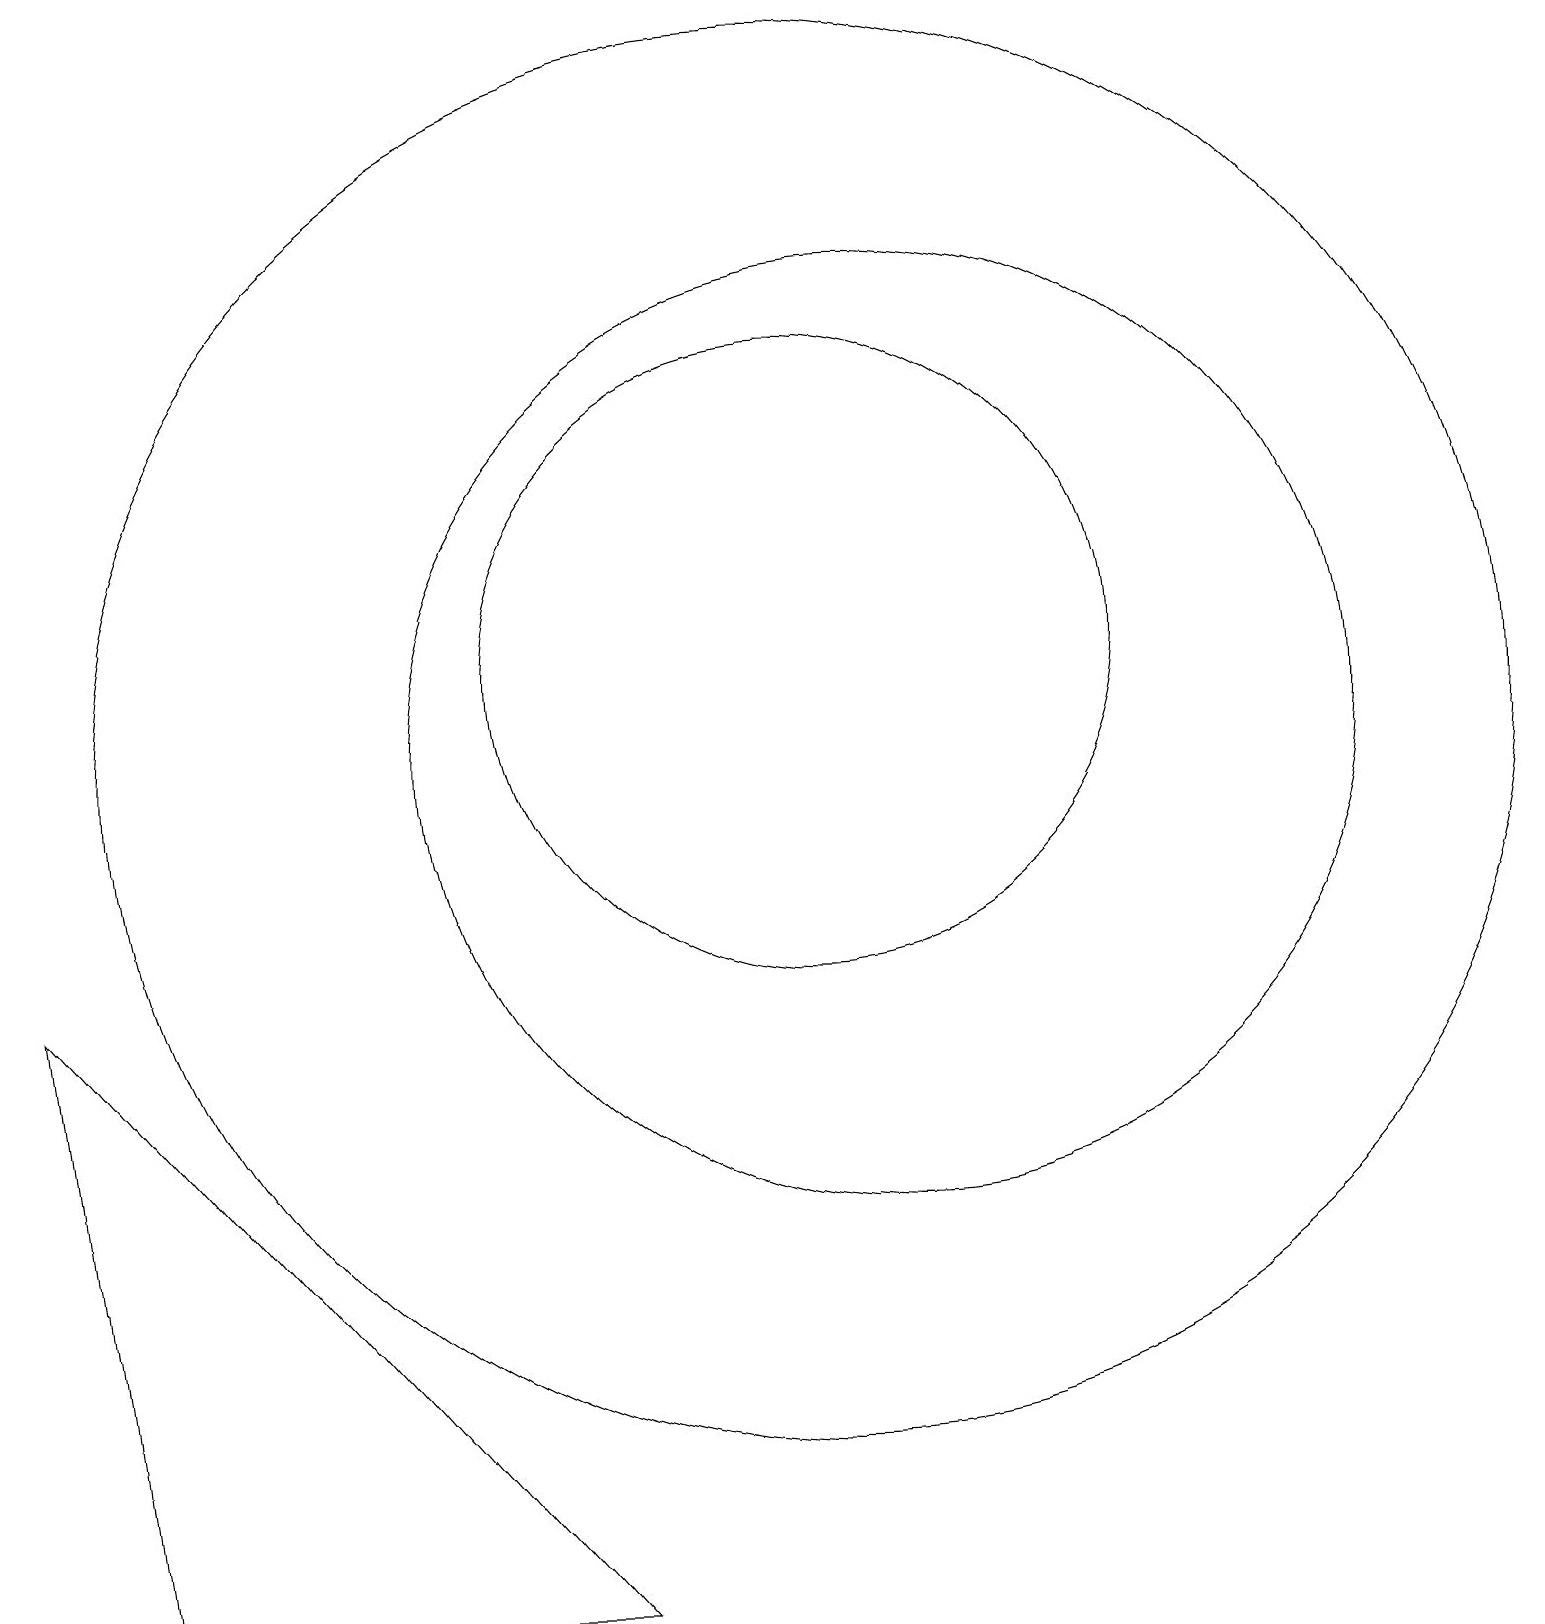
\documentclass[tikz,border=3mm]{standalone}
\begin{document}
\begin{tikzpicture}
\draw (10,11) circle (9);
\draw (1,0) -- (7,0) -- (0,8) -- cycle;
\draw (11,11) circle (6);
\draw (10,12) circle (4);
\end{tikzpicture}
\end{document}